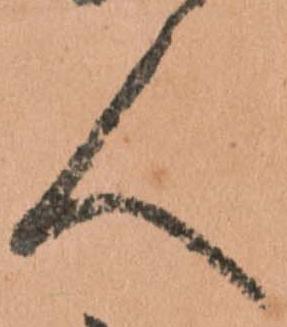
人